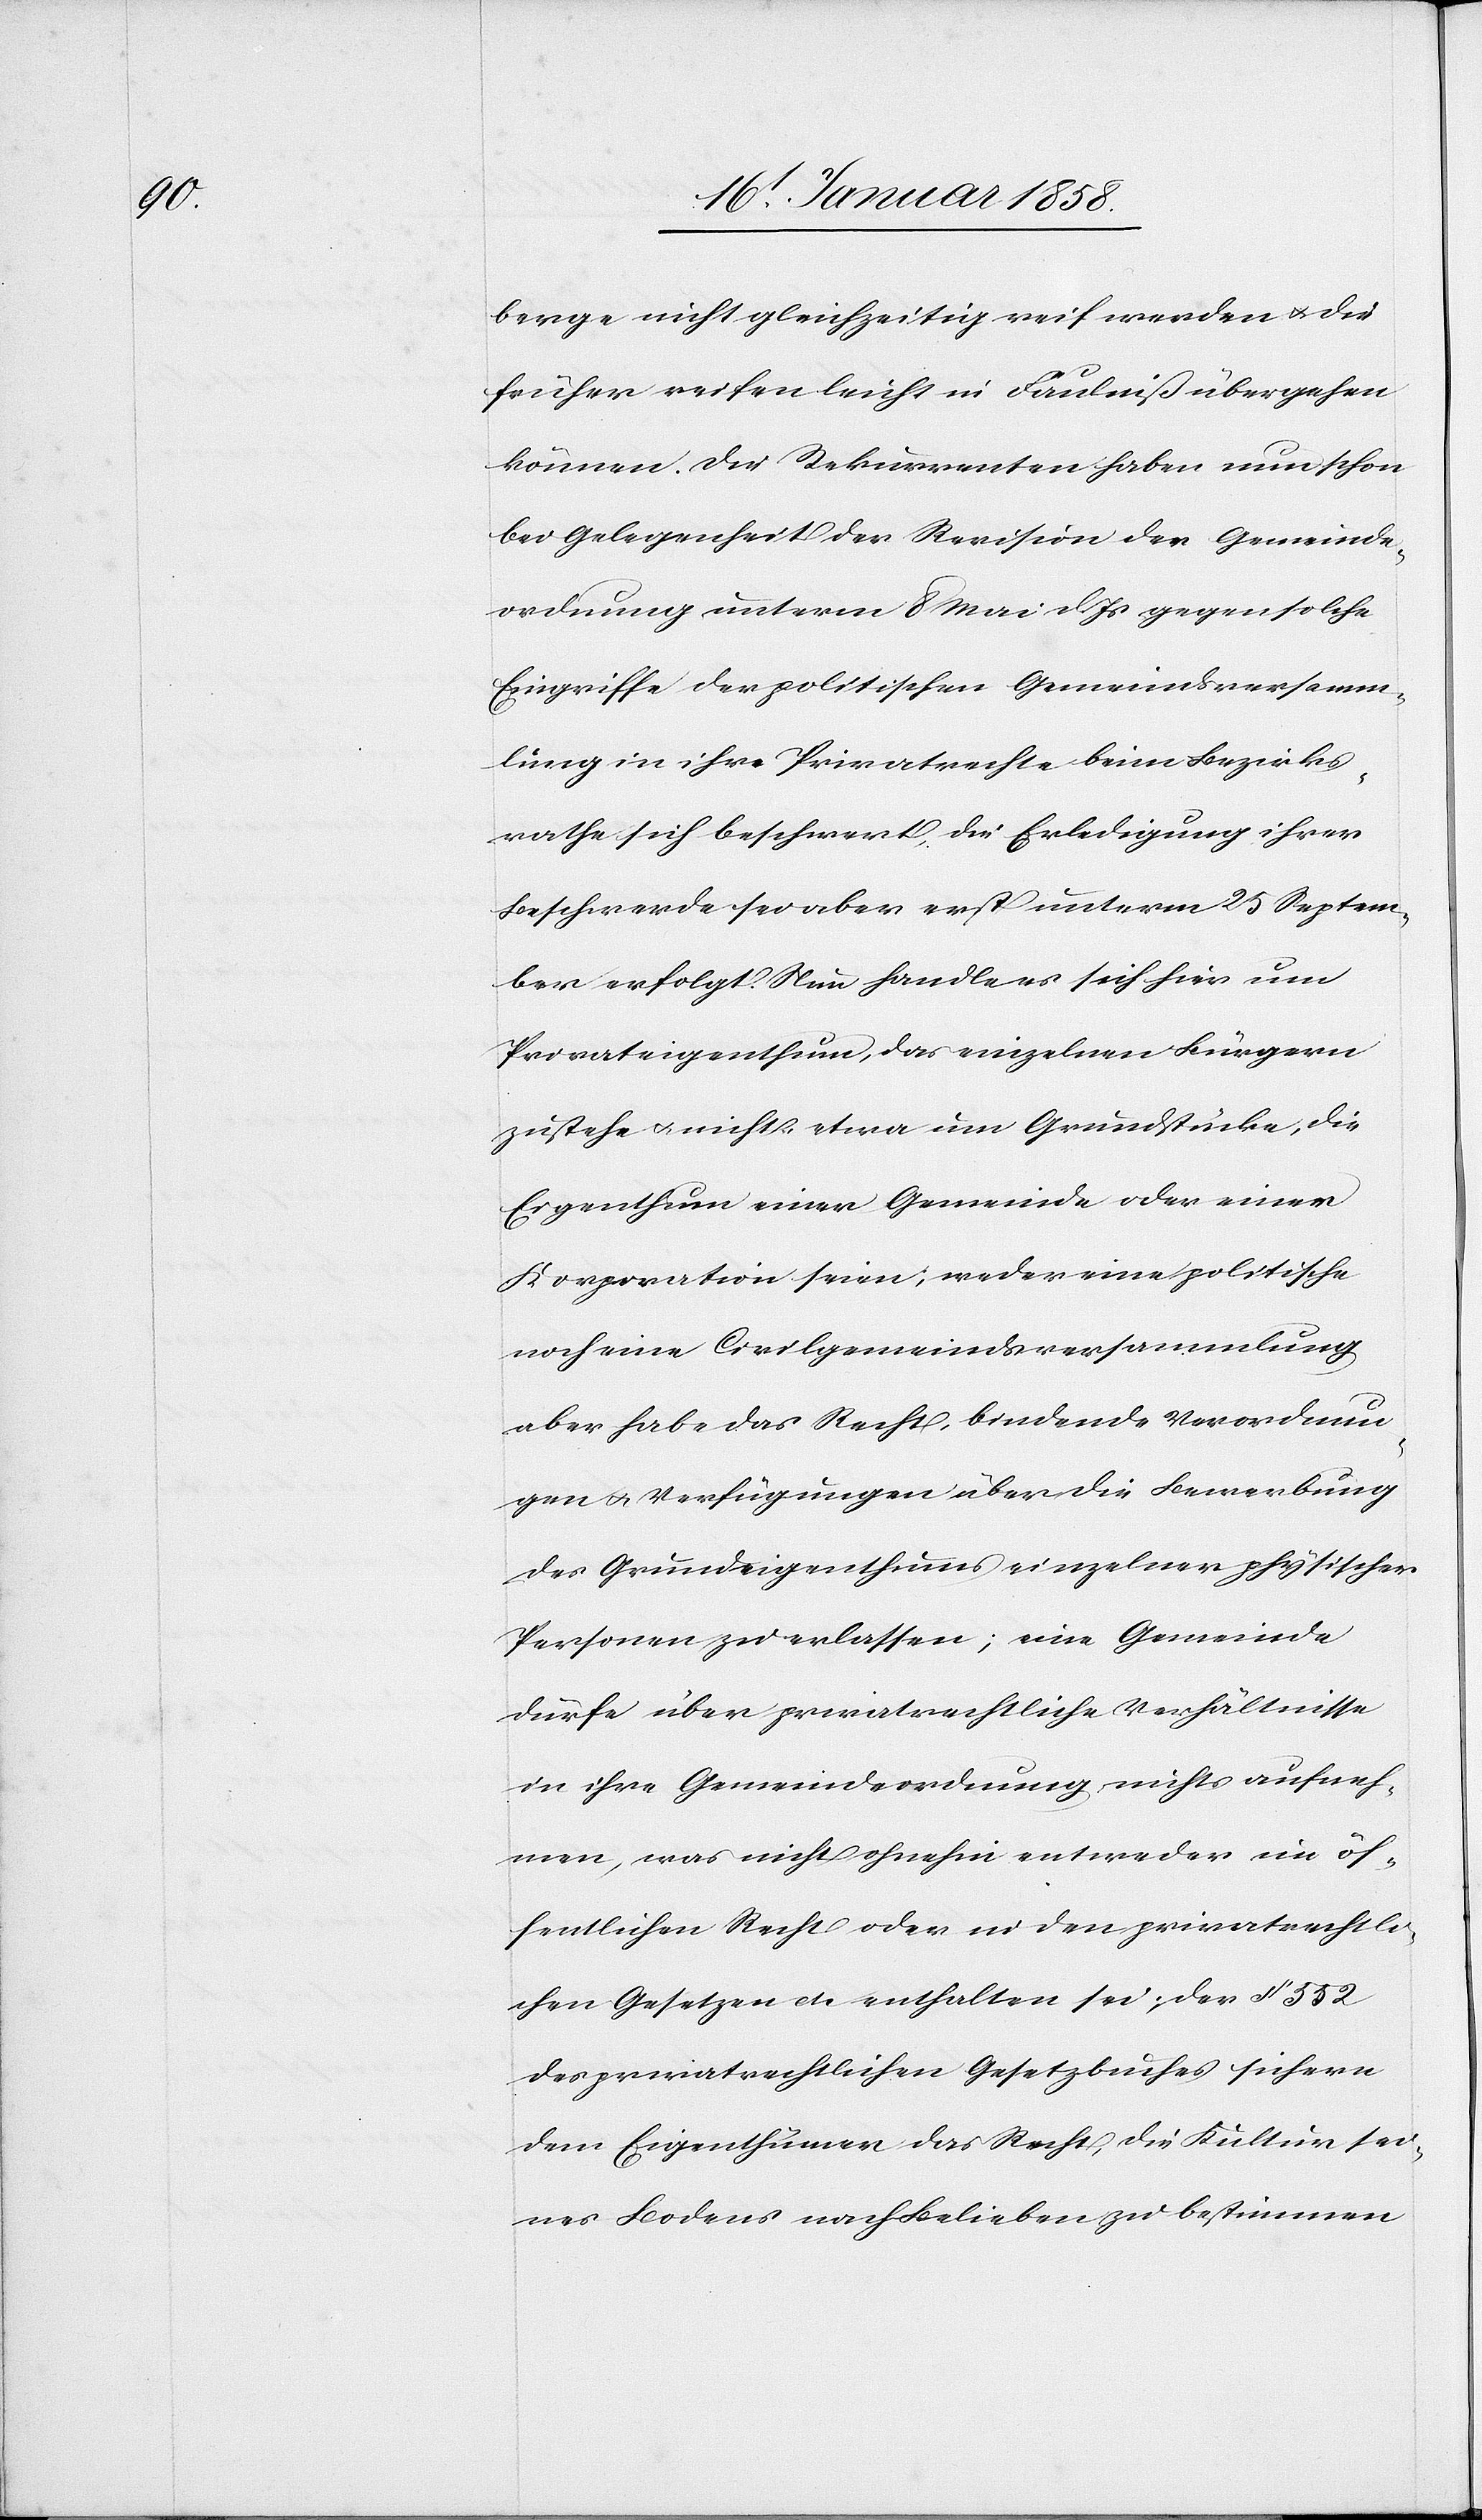
berge nicht gleichzeitig reif werden u. die
früher reifen leicht in Faulniß übergehen
können. Die Rekurrenten haben nun schon
bei Gelegenheit der Revision der Gemeinde¬
ordnung unterm 8 Mai d. Js gegen solche
Eingriffe der politischen Gemeindsversamm¬
lung in ihre Privatrechte beim Bezirks¬
rathe sich beschwert, die Erledigung ihrer
Beschwerde sei aber erst unterm 25 Septem¬
ber erfolgt. Nun handle es sich hier um
Privateigenthum, das einzelnen Bürgern
zustehe u. nicht etwa um Grundstücke, die
Eigenthum einer Gemeinde oder einer
Korporation seien; weder eine politische
noch eine Civilgemeindsversammlung
aber habe das Recht, bindende Verordnun¬
gen u. Verfügungen über die Bewerbung
des Grundeigenthums einzelner physischer
Personen zu erlassen; eine Gemeinde
dürfe über privatrechtliche Verhältnisse
in ihre Gemeindeordnung nichts aufneh¬
men, was nicht ohnehin entweder im öf¬
fentlichen Recht oder in den privatrechtli¬
chen Gesetzen etc. enthalten sei. Der § 552
des privatrechtlichen Gesetzbuches sichern
dem Eigenthümer das Recht, die Kultur sei¬
nes Bodens nach Belieben zu bestimmen